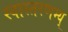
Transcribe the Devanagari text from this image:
स्वास्तरणम्य्